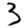
Digit: 3